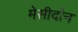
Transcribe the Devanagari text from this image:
मेसीदोन